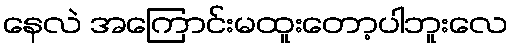
နေလဲ အကြောင်းမထူးတော့ပါဘူးလေ